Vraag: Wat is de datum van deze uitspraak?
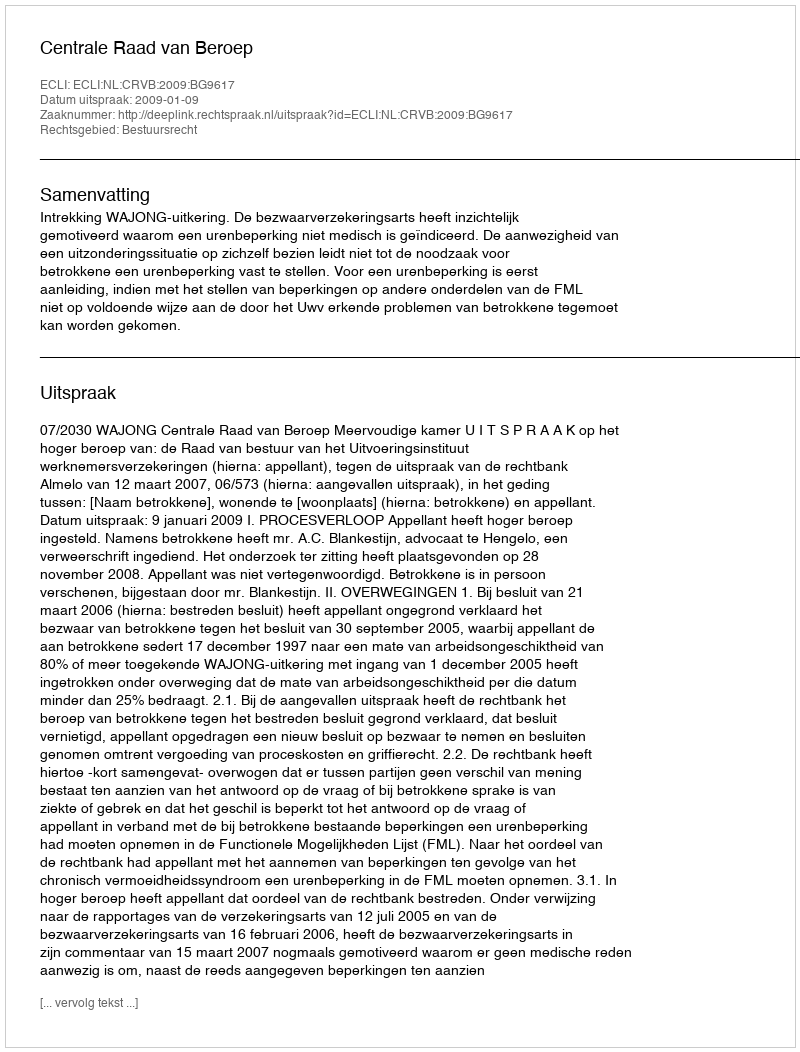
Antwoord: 2009-01-09